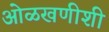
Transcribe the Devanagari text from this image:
ओळखणीशी